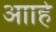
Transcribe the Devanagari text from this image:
आाहे